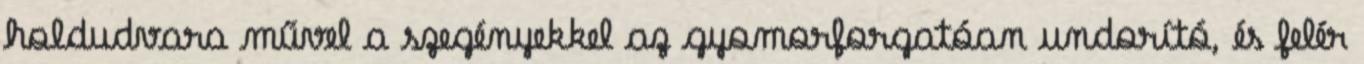
holdudvara művel a szegényekkel az gyomorforgatóan undorító, és felér